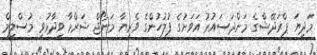
މަދިޔަ ޕްރަދޭޝްގެ މަންދަސައުރު އަވަށުގެ ފުލުހުންގެ ވެރިޔާ މަނޯޖް ޝަރްމާ ވިދާޅުވީ މުސްލިމް